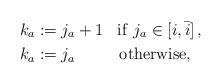
LaTeX: \begin{align*} k_{a} & :=j_{a}+1{\rm \,\,\,\,\,if\,\,}j_{a}\in\left[i,\bar{i}\right], \\ k_{a} & :=j_{a}{\rm \,\,\,\,\,\,\,\,\,\,\,\,\,\,\,\,otherwise}, \end{align*}